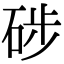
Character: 𥒼